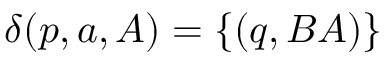
\delta ( p , a , A ) = \{ ( q , B A ) \}